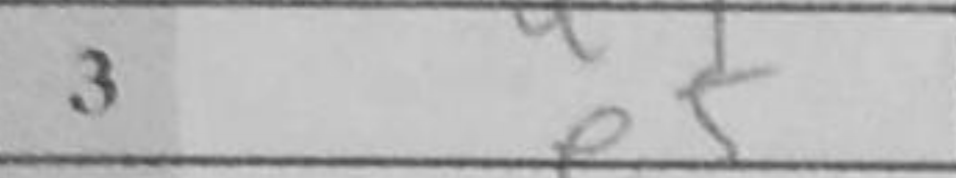
Transcription: e5